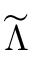
\widetilde { \Lambda }